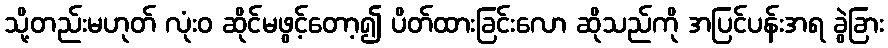
သို့တည်းမဟုတ် လုံးဝ ဆိုင်မဖွင့်တော့၍ ပိတ်ထားခြင်းလော ဆိုသည်ကို အပြင်ပန်းအရ ခွဲခြား